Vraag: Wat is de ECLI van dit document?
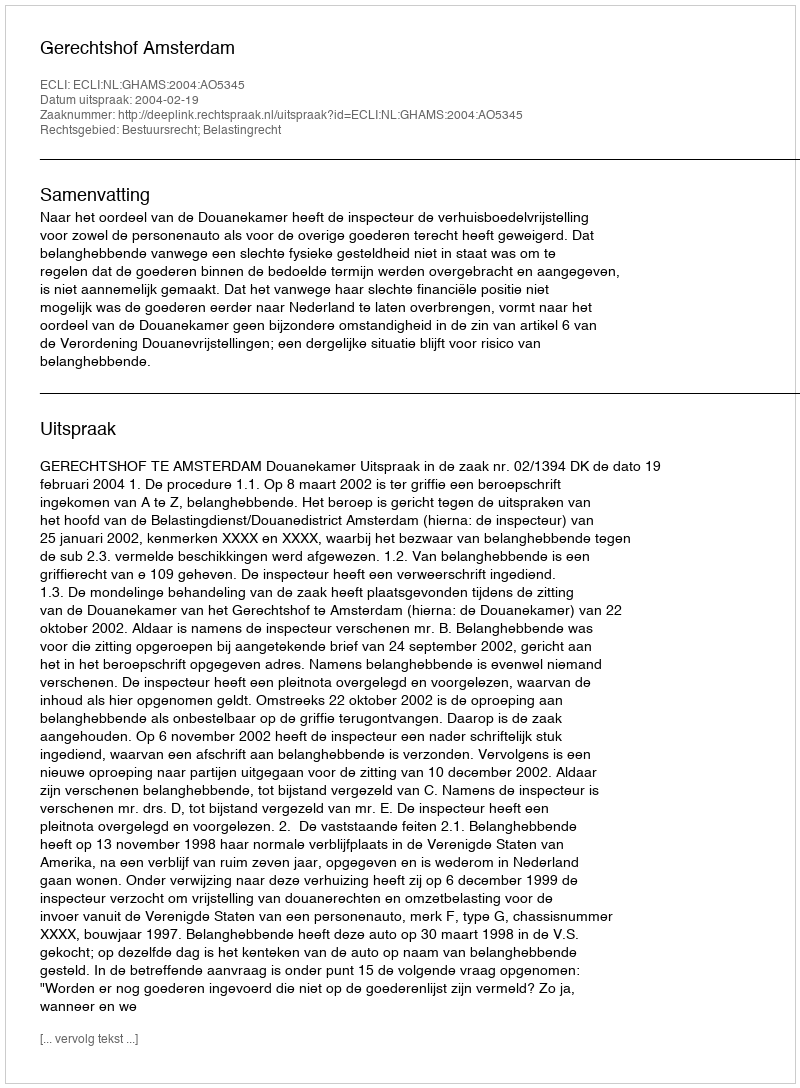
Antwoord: ECLI:NL:GHAMS:2004:AO5345